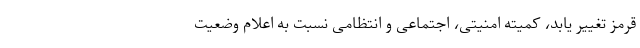
قرمز تغییر یابد، کمیته امنیتی، اجتماعی و انتظامی نسبت به اعلام وضعیت